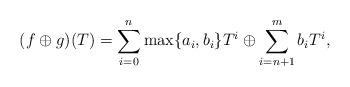
LaTeX: \begin{align*}(f\oplus g)(T)=\sum_{i=0}^n \max\{a_i,b_i\}T^i \oplus \sum_{i=n+1}^mb_iT^i,\end{align*}